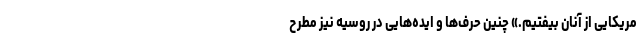
مریکایی از آنان بیفتیم.» چنین حرف‌ها و ایده‌هایی در روسیه نیز مطرح